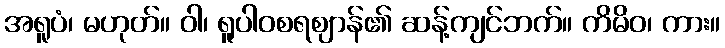
အရူပံ၊ မဟုတ်။ ဝါ၊ ရူပါဝစရဈာန်၏ ဆန့်ကျင်ဘက်။ ကိမိဝ၊ ကား။